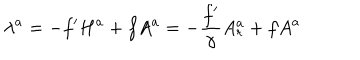
LaTeX: \lambda ^ { a } = - f ^ { \prime } H ^ { a } + f A ^ { a } = - { \frac { f ^ { \prime } } { \gamma } } A _ { r } ^ { a } + f A ^ { a }